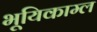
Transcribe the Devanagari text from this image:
भूयिकाम्ल